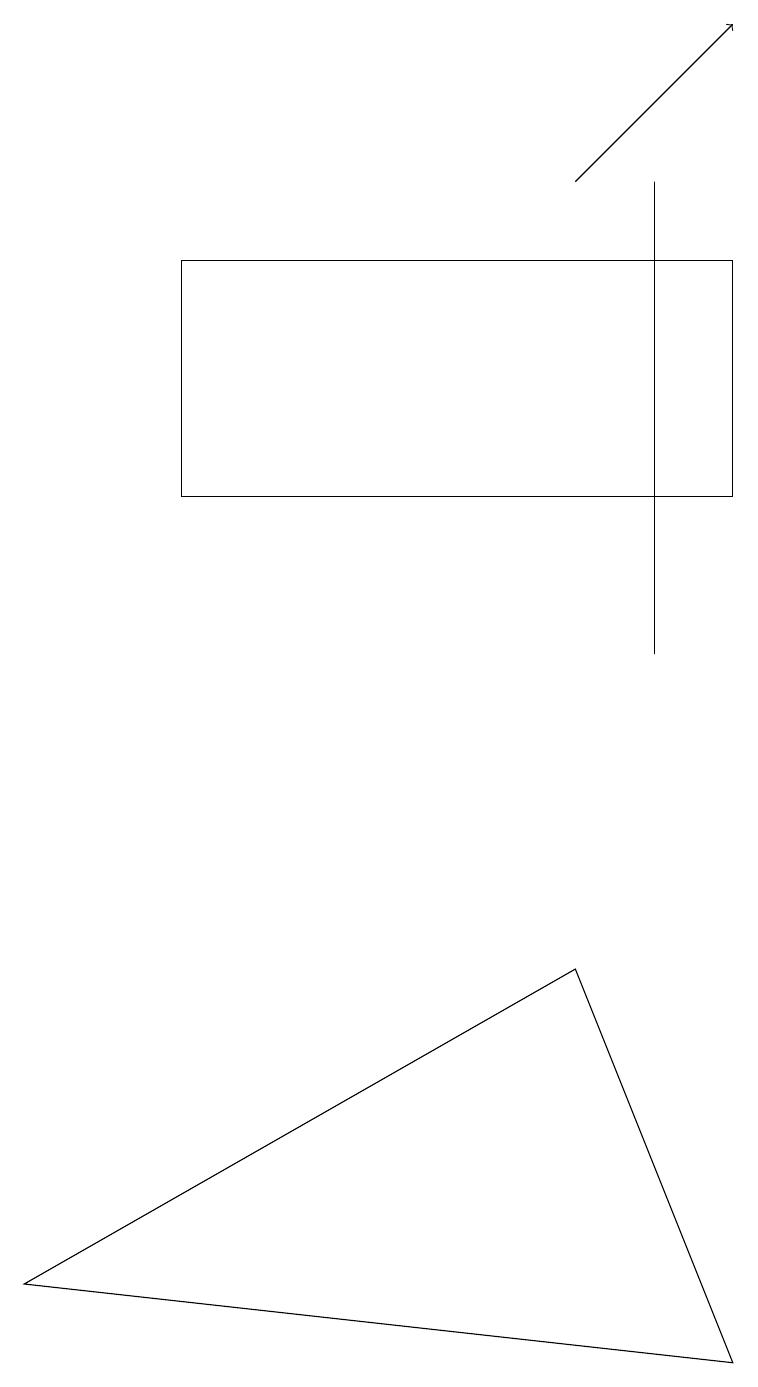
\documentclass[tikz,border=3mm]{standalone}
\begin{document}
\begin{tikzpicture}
\draw (2,13) rectangle (9,16);
\draw[->] (7,17) -- (9,19);
\draw (8,17) rectangle (8,11);
\draw (0,3) -- (7,7) -- (9,2) -- cycle;
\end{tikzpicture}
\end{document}